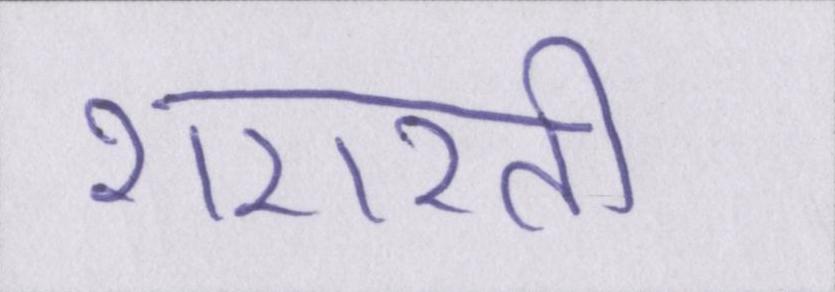
शरारती